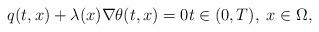
LaTeX: \begin{align*} q(t, x) + \lambda(x) \nabla \theta(t, x) = 0 t \in (0, T), \; x \in \Omega, \end{align*}